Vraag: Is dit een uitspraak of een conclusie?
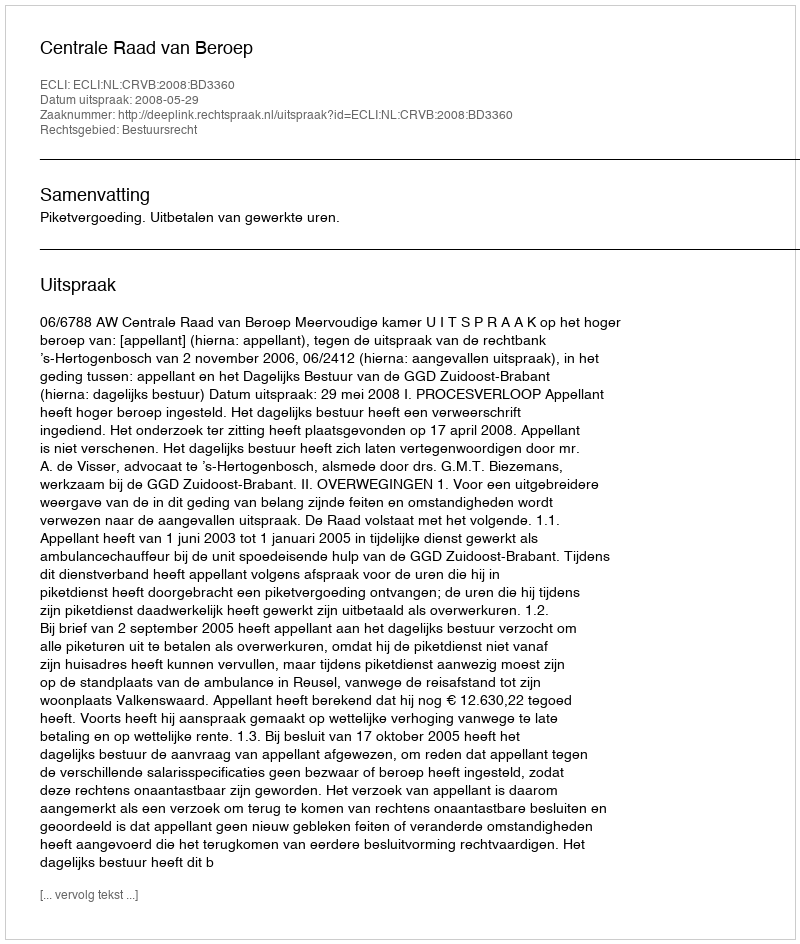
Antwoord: Uitspraak